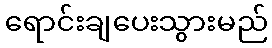
ရောင်းချပေးသွားမည်